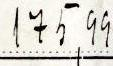
175,99